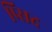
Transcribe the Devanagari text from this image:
प्र्सिद